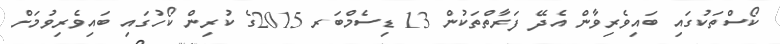
ކޯސްތަކުގައި ބައިވެރިވާން އެދޭ ފަރާތްތަކުން 13 ޑިސެމްބަރ 2015ގެ ކުރިން ކޯހުގައި ބައިވެރިވުމަށް